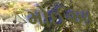
મોઈઆ